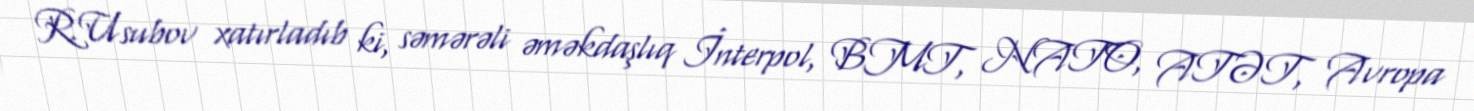
R.Usubov xatırladıb ki, səmərəli əməkdaşlıq İnterpol, BMT, NATO, ATƏT, Avropa